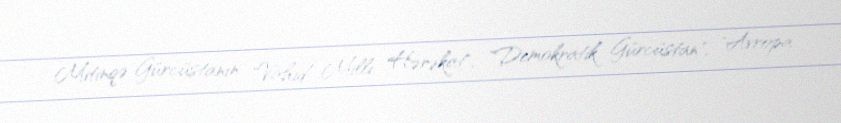
Mitinqə Gürcüstanın "Vahid Milli Hərəkat", "Demokratik Gürcüstan", "Avropa